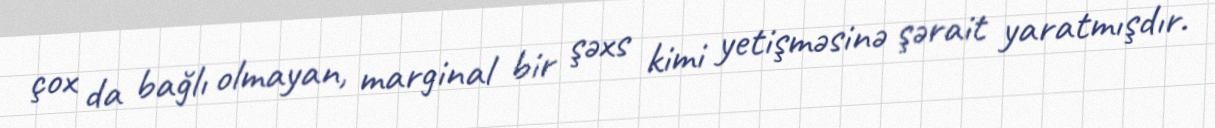
çox da bağlı olmayan, marginal bir şəxs kimi yetişməsinə şərait yaratmışdır.